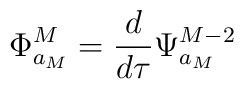
\Phi^M_{a_M}=\frac{d}{d\tau}\Psi^{M-2}_{a_M}